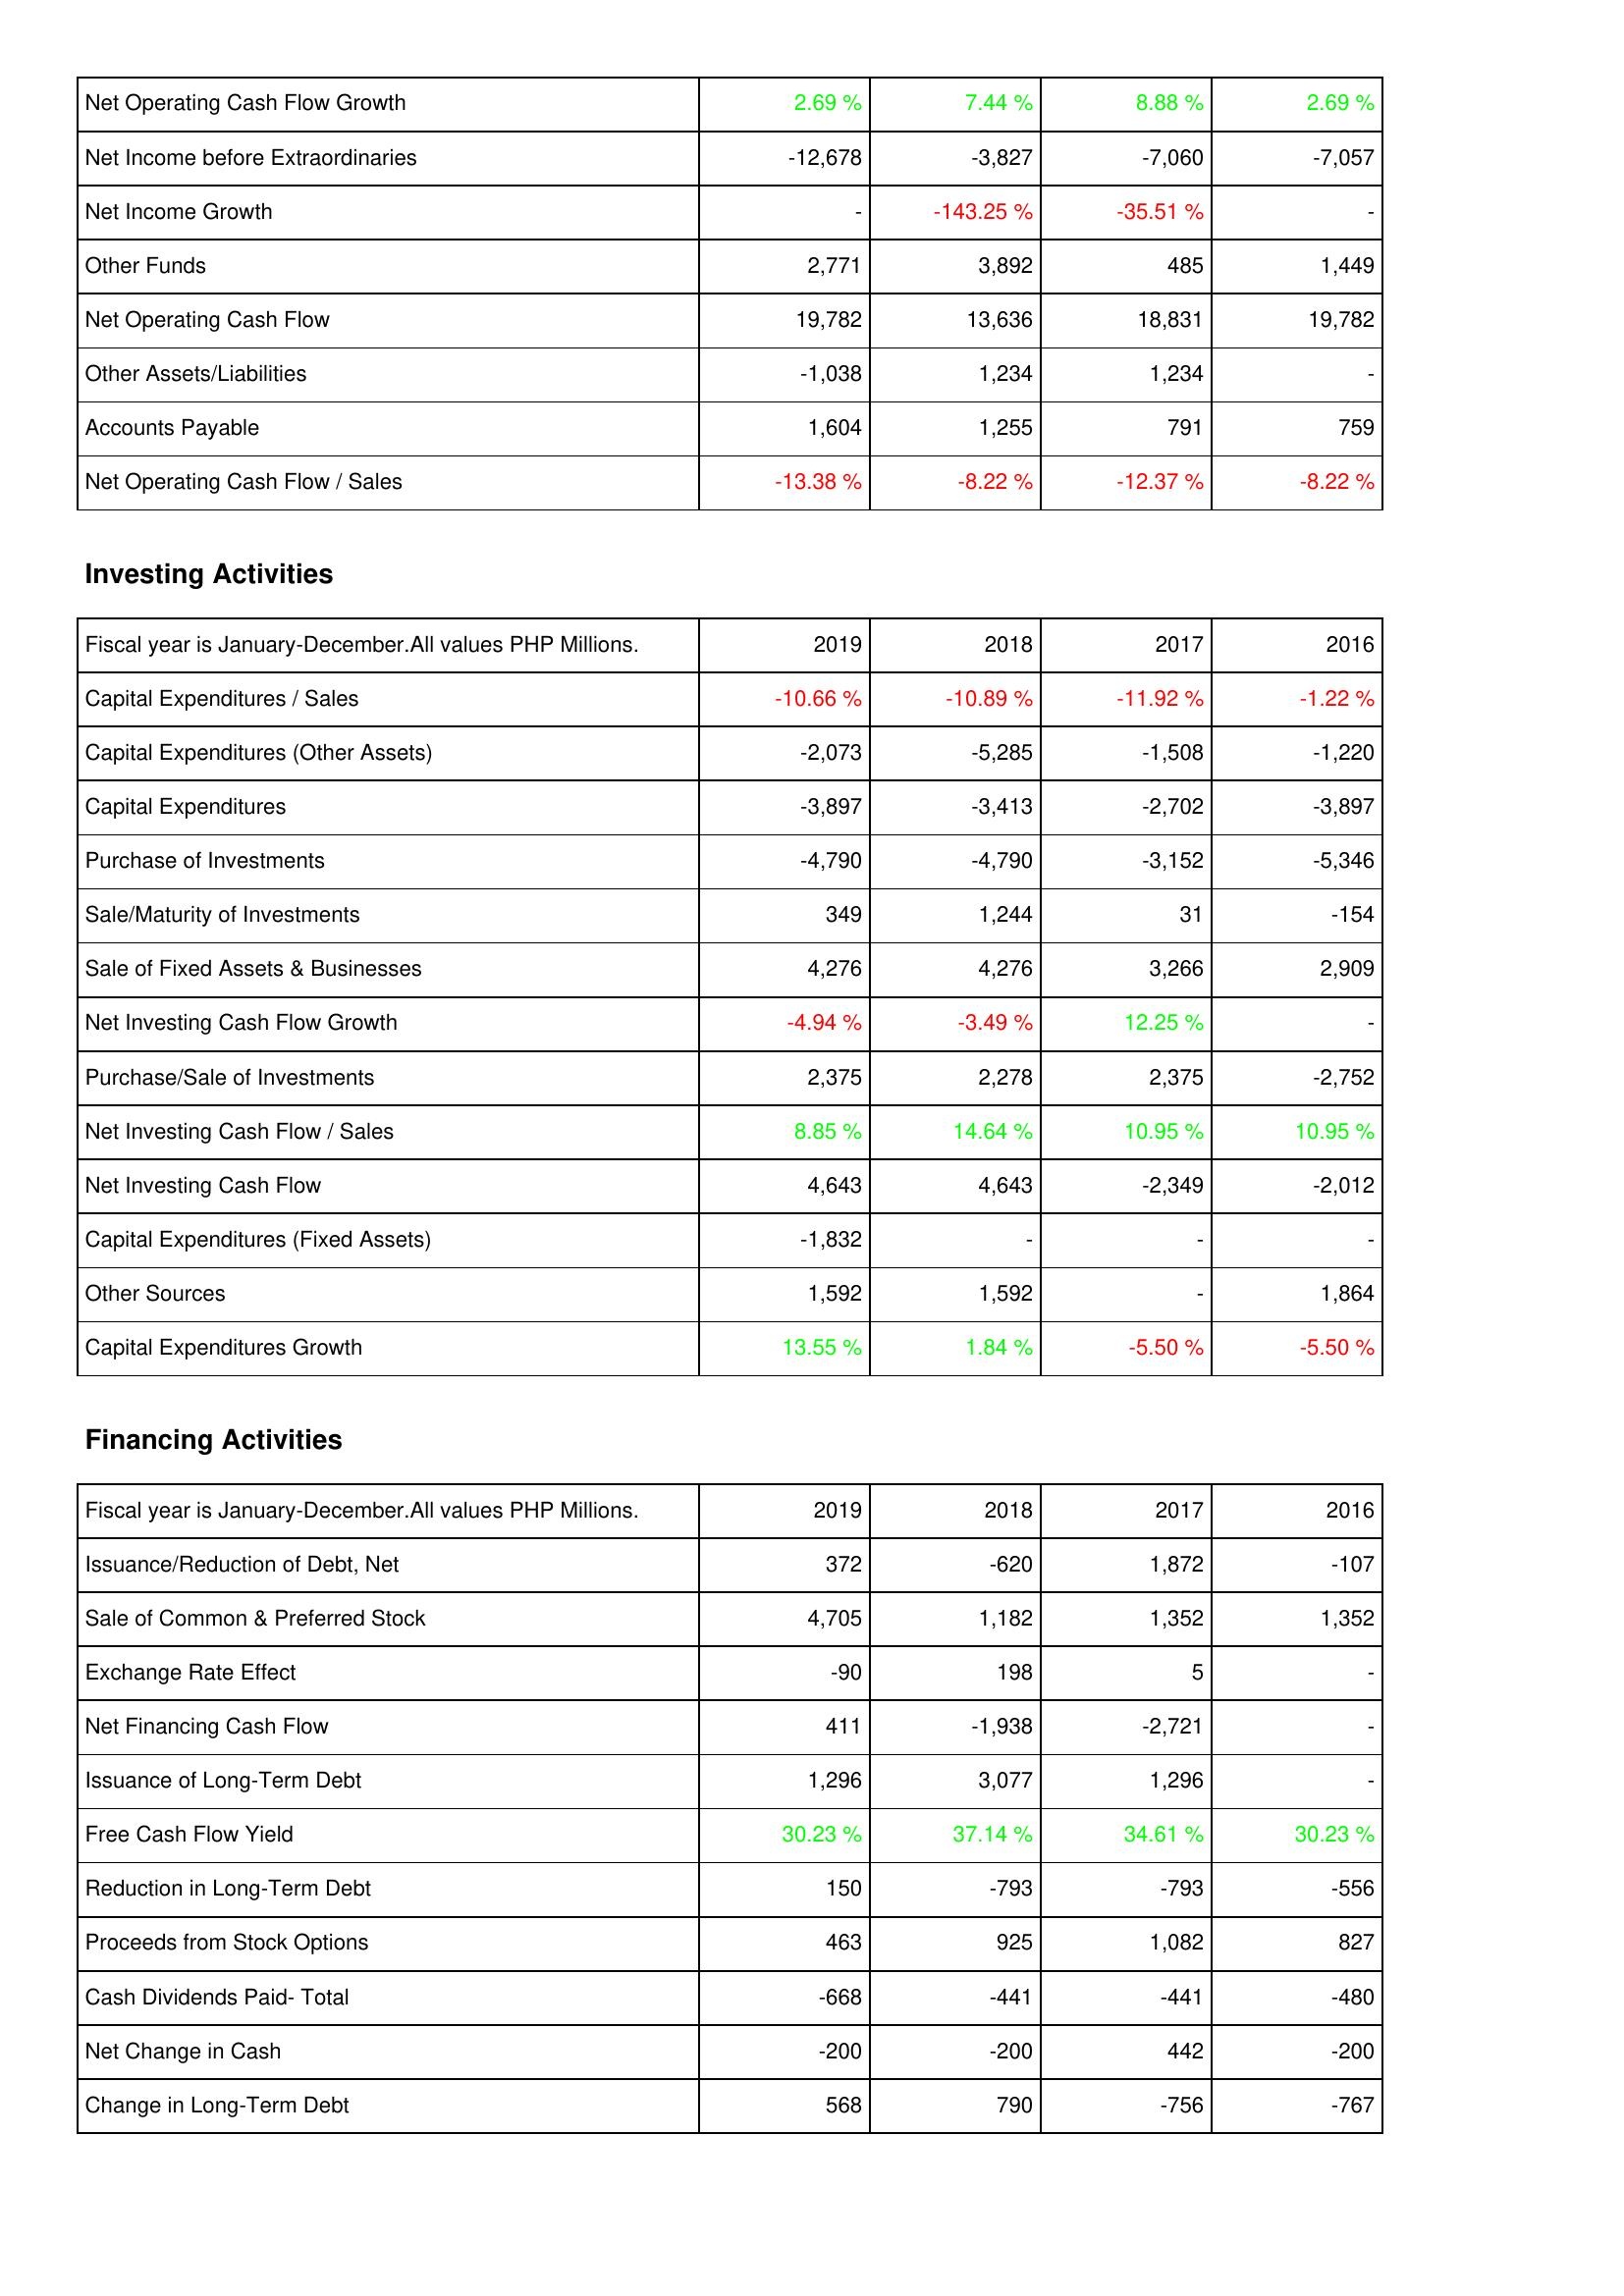
2019: Operating Activities: Net Operating Cash Flow Growth: 2.69 %
Net Income before Extraordinaries: -12,678
Net Income Growth: -
Other Funds: 2,771
Net Operating Cash Flow: 19,782
Other Assets/Liabilities: -1,038
Accounts Payable: 1,604
Net Operating Cash Flow / Sales: -13.38 %
Investing Activities: Capital Expenditures / Sales: -10.66 %
Capital Expenditures (Other Assets): -2,073
Capital Expenditures: -3,897
Purchase of Investments: -4,790
Sale/Maturity of Investments: 349
Sale of Fixed Assets & Businesses: 4,276
Net Investing Cash Flow Growth: -4.94 %
Purchase/Sale of Investments: 2,375
Net Investing Cash Flow / Sales: 8.85 %
Net Investing Cash Flow: 4,643
Capital Expenditures (Fixed Assets): -1,832
Other Sources: 1,592
Capital Expenditures Growth: 13.55 %
Financing Activities: Issuance/Reduction of Debt, Net: 372
Sale of Common & Preferred Stock: 4,705
Exchange Rate Effect: -90
Net Financing Cash Flow: 411
Issuance of Long-Term Debt: 1,296
Free Cash Flow Yield: 30.23 %
Reduction in Long-Term Debt: 150
Proceeds from Stock Options: 463
Cash Dividends Paid- Total: -668
Net Change in Cash: -200
Change in Long-Term Debt: 568
2018: Operating Activities: Net Operating Cash Flow Growth: 7.44 %
Net Income before Extraordinaries: -3,827
Net Income Growth: -143.25 %
Other Funds: 3,892
Net Operating Cash Flow: 13,636
Other Assets/Liabilities: 1,234
Accounts Payable: 1,255
Net Operating Cash Flow / Sales: -8.22 %
Investing Activities: Capital Expenditures / Sales: -10.89 %
Capital Expenditures (Other Assets): -5,285
Capital Expenditures: -3,413
Purchase of Investments: -4,790
Sale/Maturity of Investments: 1,244
Sale of Fixed Assets & Businesses: 4,276
Net Investing Cash Flow Growth: -3.49 %
Purchase/Sale of Investments: 2,278
Net Investing Cash Flow / Sales: 14.64 %
Net Investing Cash Flow: 4,643
Capital Expenditures (Fixed Assets): -
Other Sources: 1,592
Capital Expenditures Growth: 1.84 %
Financing Activities: Issuance/Reduction of Debt, Net: -620
Sale of Common & Preferred Stock: 1,182
Exchange Rate Effect: 198
Net Financing Cash Flow: -1,938
Issuance of Long-Term Debt: 3,077
Free Cash Flow Yield: 37.14 %
Reduction in Long-Term Debt: -793
Proceeds from Stock Options: 925
Cash Dividends Paid- Total: -441
Net Change in Cash: -200
Change in Long-Term Debt: 790
2017: Operating Activities: Net Operating Cash Flow Growth: 8.88 %
Net Income before Extraordinaries: -7,060
Net Income Growth: -35.51 %
Other Funds: 485
Net Operating Cash Flow: 18,831
Other Assets/Liabilities: 1,234
Accounts Payable: 791
Net Operating Cash Flow / Sales: -12.37 %
Investing Activities: Capital Expenditures / Sales: -11.92 %
Capital Expenditures (Other Assets): -1,508
Capital Expenditures: -2,702
Purchase of Investments: -3,152
Sale/Maturity of Investments: 31
Sale of Fixed Assets & Businesses: 3,266
Net Investing Cash Flow Growth: 12.25 %
Purchase/Sale of Investments: 2,375
Net Investing Cash Flow / Sales: 10.95 %
Net Investing Cash Flow: -2,349
Capital Expenditures (Fixed Assets): -
Other Sources: -
Capital Expenditures Growth: -5.50 %
Financing Activities: Issuance/Reduction of Debt, Net: 1,872
Sale of Common & Preferred Stock: 1,352
Exchange Rate Effect: 5
Net Financing Cash Flow: -2,721
Issuance of Long-Term Debt: 1,296
Free Cash Flow Yield: 34.61 %
Reduction in Long-Term Debt: -793
Proceeds from Stock Options: 1,082
Cash Dividends Paid- Total: -441
Net Change in Cash: 442
Change in Long-Term Debt: -756
2016: Operating Activities: Net Operating Cash Flow Growth: 2.69 %
Net Income before Extraordinaries: -7,057
Net Income Growth: -
Other Funds: 1,449
Net Operating Cash Flow: 19,782
Other Assets/Liabilities: -
Accounts Payable: 759
Net Operating Cash Flow / Sales: -8.22 %
Investing Activities: Capital Expenditures / Sales: -1.22 %
Capital Expenditures (Other Assets): -1,220
Capital Expenditures: -3,897
Purchase of Investments: -5,346
Sale/Maturity of Investments: -154
Sale of Fixed Assets & Businesses: 2,909
Net Investing Cash Flow Growth: -
Purchase/Sale of Investments: -2,752
Net Investing Cash Flow / Sales: 10.95 %
Net Investing Cash Flow: -2,012
Capital Expenditures (Fixed Assets): -
Other Sources: 1,864
Capital Expenditures Growth: -5.50 %
Financing Activities: Issuance/Reduction of Debt, Net: -107
Sale of Common & Preferred Stock: 1,352
Exchange Rate Effect: -
Net Financing Cash Flow: -
Issuance of Long-Term Debt: -
Free Cash Flow Yield: 30.23 %
Reduction in Long-Term Debt: -556
Proceeds from Stock Options: 827
Cash Dividends Paid- Total: -480
Net Change in Cash: -200
Change in Long-Term Debt: -767